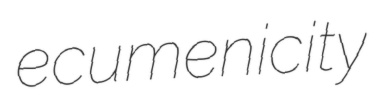
ecumenicity